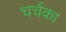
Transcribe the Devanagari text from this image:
चर्चका